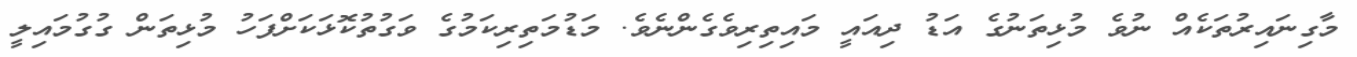
މާގިނައިރުތަކެއް ނުވެ މުޅިތަނުގެ އަޑު ދިއައީ މައިތިރިވެގެންނެވެ. މަޑުމަތިރިކަމުގެ ވަގުތުކޮޅަކަށްފަހު މުޅިތަން ގުގުމައިލީ